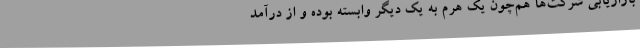
بازاریابی شرکت‌ها هم‌چون یک هرم به یک دیگر وابسته بوده و از درآمد